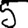
Digit: 5